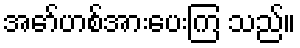
အော်ဟစ်အားပေးကြ သည်။